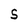
Character: 5